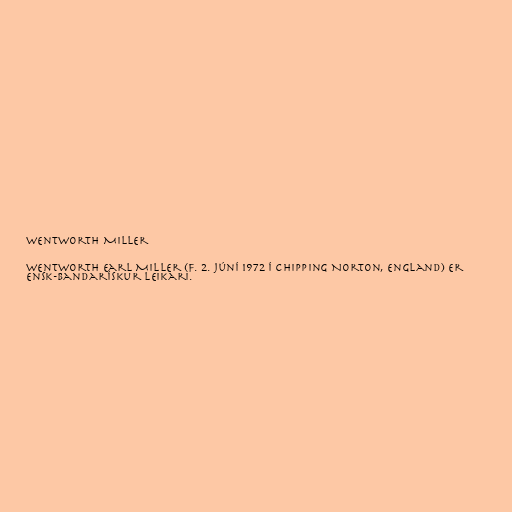
Wentworth Miller

Wentworth Earl Miller (f. 2. júní 1972 í Chipping Norton, England) er
ensk-bandarískur leikari.